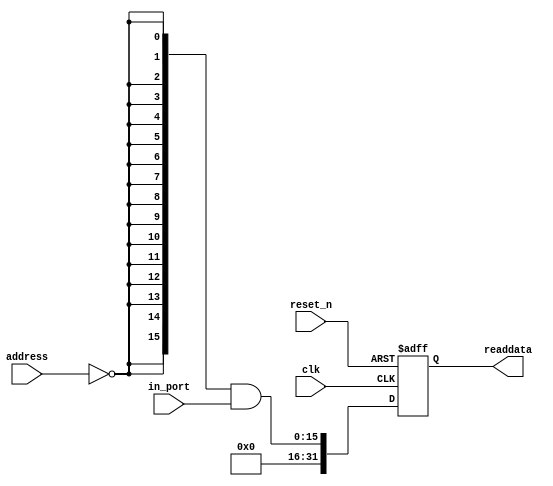
module DE4_SOPC_Switches (
                           // inputs:
                            address,
                            clk,
                            in_port,
                            reset_n,

                           // outputs:
                            readdata
                         )
;

  output  [ 31: 0] readdata;
  input   [  1: 0] address;
  input            clk;
  input   [ 15: 0] in_port;
  input            reset_n;

  wire             clk_en;
  wire    [ 15: 0] data_in;
  wire    [ 15: 0] read_mux_out;
  reg     [ 31: 0] readdata;
  assign clk_en = 1;
  //s1, which is an e_avalon_slave
  assign read_mux_out = {16 {(address == 0)}} & data_in;
  always @(posedge clk or negedge reset_n)
    begin
      if (reset_n == 0)
          readdata <= 0;
      else if (clk_en)
          readdata <= {{{32 - 16}{1'b0}},read_mux_out};
    end


  assign data_in = in_port;

endmodule